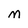
Character: M